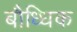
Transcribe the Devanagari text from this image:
बौध्धिक